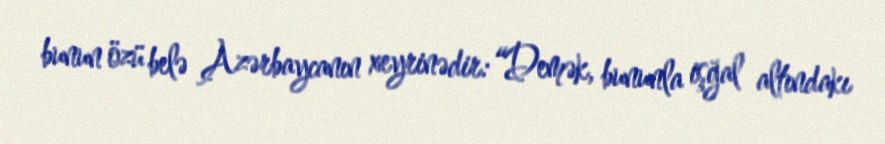
bunun özü belə Azərbaycanın xeyrinədir: “Demək, bununla işğal altındakı